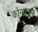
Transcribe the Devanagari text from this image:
कोनात्मक